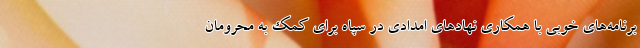
برنامه‌های خوبی با همکاری نهادهای امدادی در سپاه برای کمک به محرومان